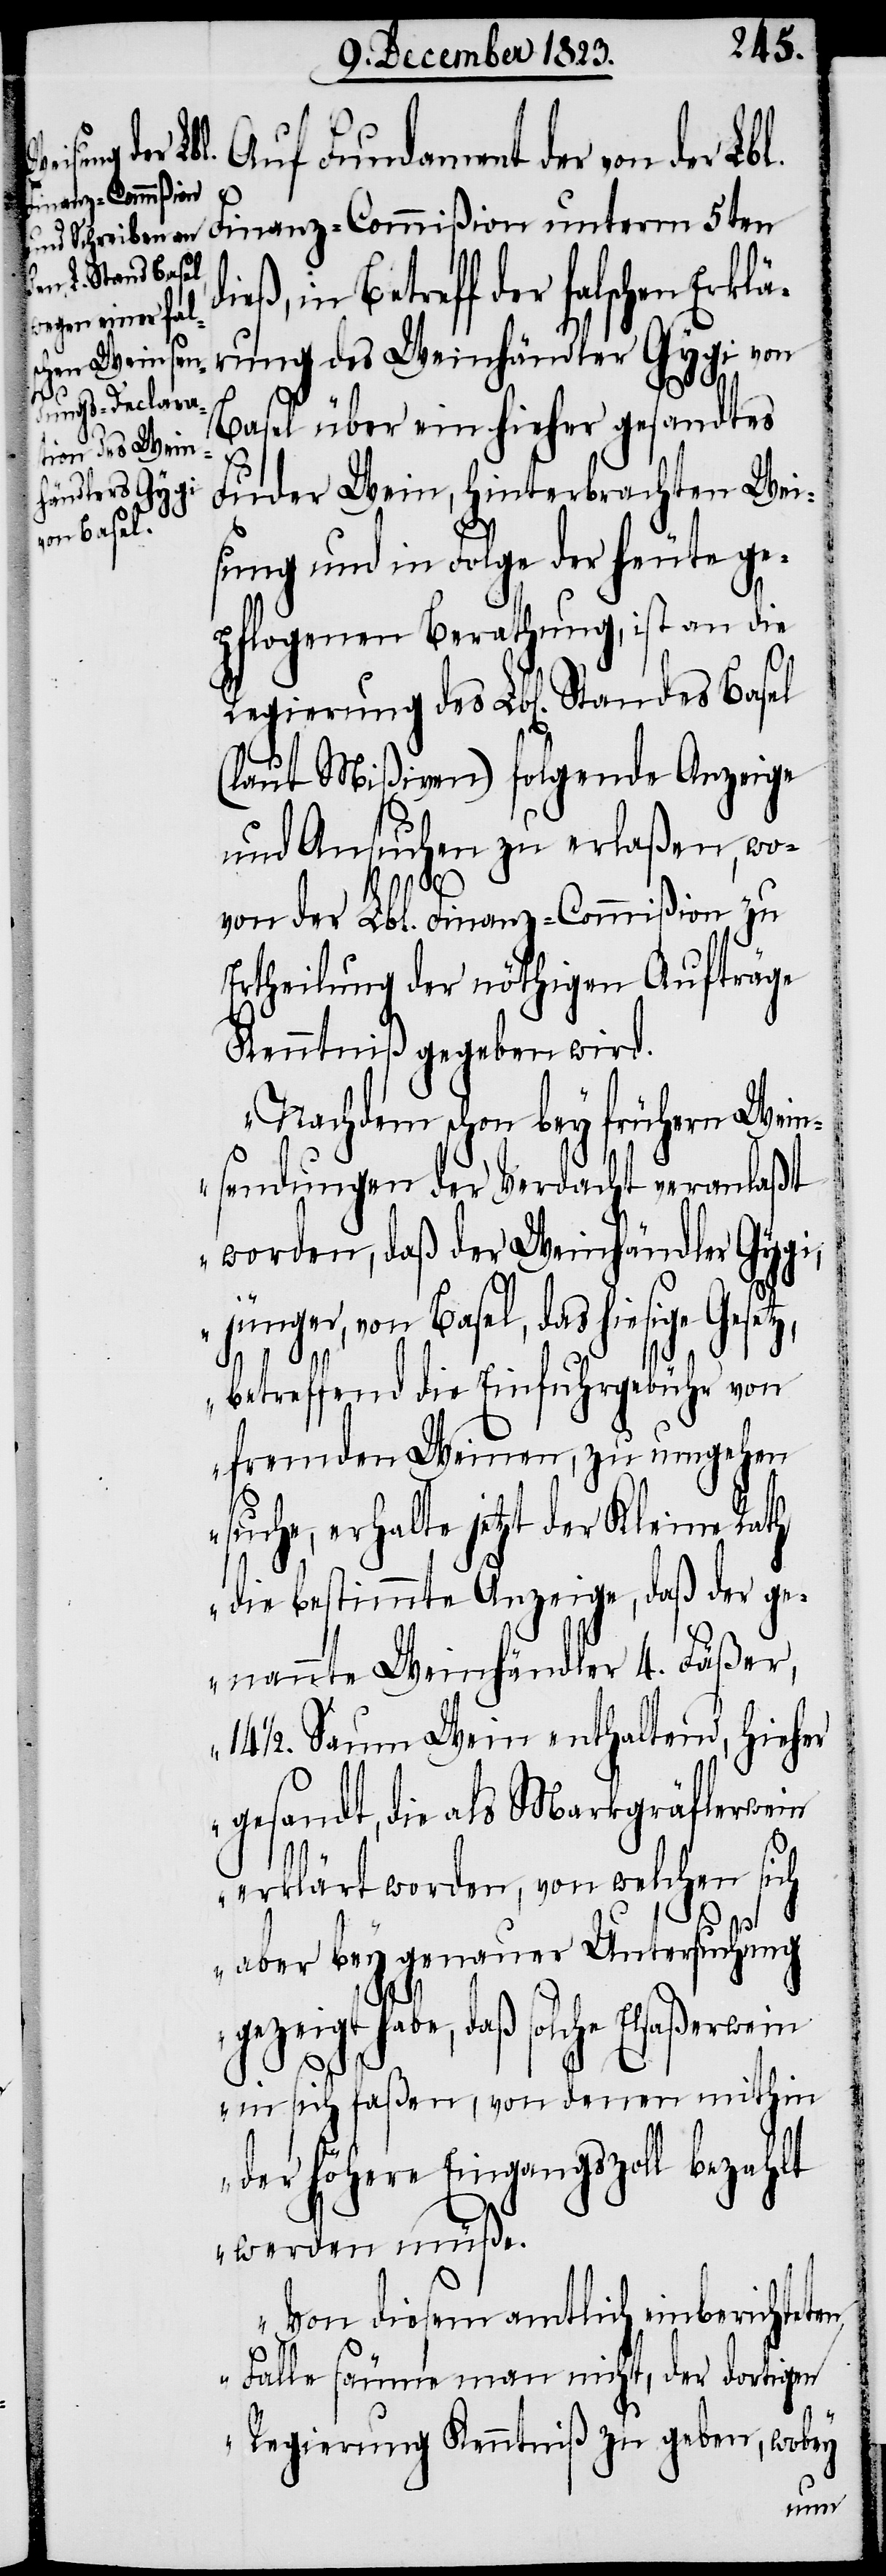
Auf Fundament der von der Lbl.
Finanz-Commißion
in Betreff der falschen Erklä¬
rung des Weinhändler Gygi von
Basel über ein hieher gesandtes
Standes Basel
Fuder Wein, hinterbrachten Wei¬
sung und in Folge der heute ge¬
pflogenen Berathung, ist an die
(laut Mißiven) folgende Anzeige
und Ansuchen zu erlaßen, wo¬
von der Lbl. Finanz-Commißion zu
Ertheilung der nöthigen Aufträge
Kenntniß gegeben wird.
„Nachdem schon bey frühern Wein¬
sendungen der Verdacht veranlaßt
worden, daß der Weinhändler Gygi,
jünger, von Basel, das hiesige Geset¬
betreffend die Einfuhrgebühr von
fremden Weinen, zu umgehen
suche, erhalte jetzt der Kleine Rath
die bestimmte Anzeige, daß der ge¬
nannte Weinhändler 4. Fäßer,
14 ½. Saum Wein enthaltend, hieher
gesandt, die als Markgräflerwein
z,
erklärt worden, von welchen sich
aber bey genauer Untersuchung
gezeigt habe, daß solche Elsaßerwein
in sich faßen, von denen mithin
der höhere Eingangszoll bezahlt
werden müße.
Von diesem amtlich einberichteten
Falle säume man nicht, der dortigen
Regierung Kenntniß zu geben, wobey